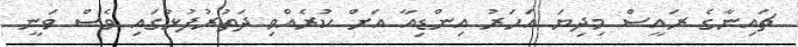
ޗައިނާގެ ރައީސް މިދިޔަ އަހަރު އިންޑިއާ އަށް ކުރެއްވި ދަތުރުފުޅުގައި ވެސް ވަނީ